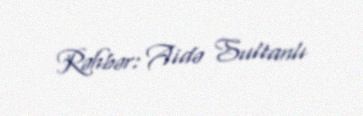
Rəhbər: Aidə Sultanlı